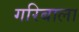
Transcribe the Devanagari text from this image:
गरिबाला